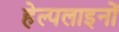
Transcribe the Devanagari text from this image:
हेल्पलाइनों